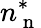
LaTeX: n_{\mathrm{~n~}}^{\ast}